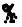
%